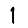
Digit: 1